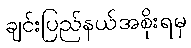
ချင်းပြည်နယ်အစိုးရမှ